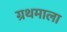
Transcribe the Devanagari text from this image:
ग्रथमाला